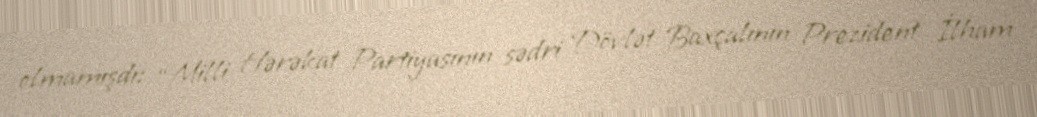
olmamışdı: “Milli Hərəkat Partiyasının sədri Dövlət Baxçalının Prezident İlham